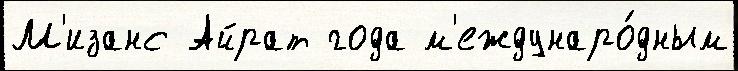
М'изанс Айрат года м'еждунаро́дным